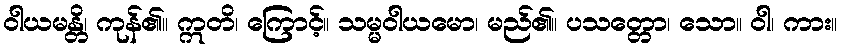
ဝါယမန္တိ၊ ကုန်၏။ ဣတိ၊ ကြောင့်။ သမ္မဝါယမော၊ မည်၏။ ပသတ္တော၊ သော။ ဝါ၊ ကား။